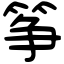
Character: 筝